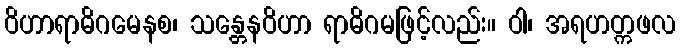
ဝိဟာရာဓိဂမေနစ၊ သန္တေနဝိဟာ ရာဓိဂမဖြင့်လည်း။ ဝါ၊ အရဟတ္ကဖလ